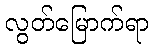
လွတ်မြောက်ရာ